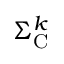
\Sigma _ { \mathrm { { C } } } ^ { k }